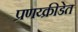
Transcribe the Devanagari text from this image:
प्रणय्क्रीडेत